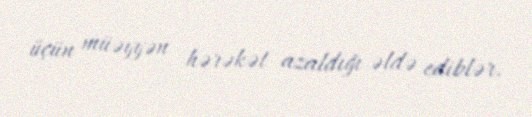
üçün müəyyən hərəkət azaldığı əldə ediblər.